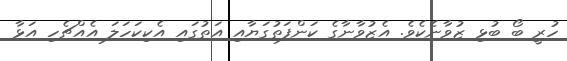
ހުރީ ބޯ ބުޅި ޒުވާނެކެވެ. އެޒުވާނާގެ ކަންފަތުގަޔާއި އަތުގައި އެކިކަހަލަ އެއްޗެހި އަޅާ